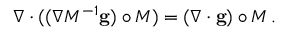
\nabla \cdot ( ( \nabla M ^ { - 1 } \mathbf { g } ) \circ M ) = ( \nabla \cdot \mathbf { g } ) \circ M \, .